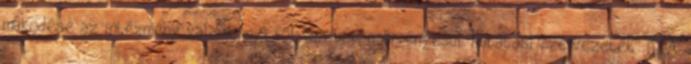
mûködése az intézmény valamennyi folyamatában érvényesül. Kutatási szervezetek: MTA